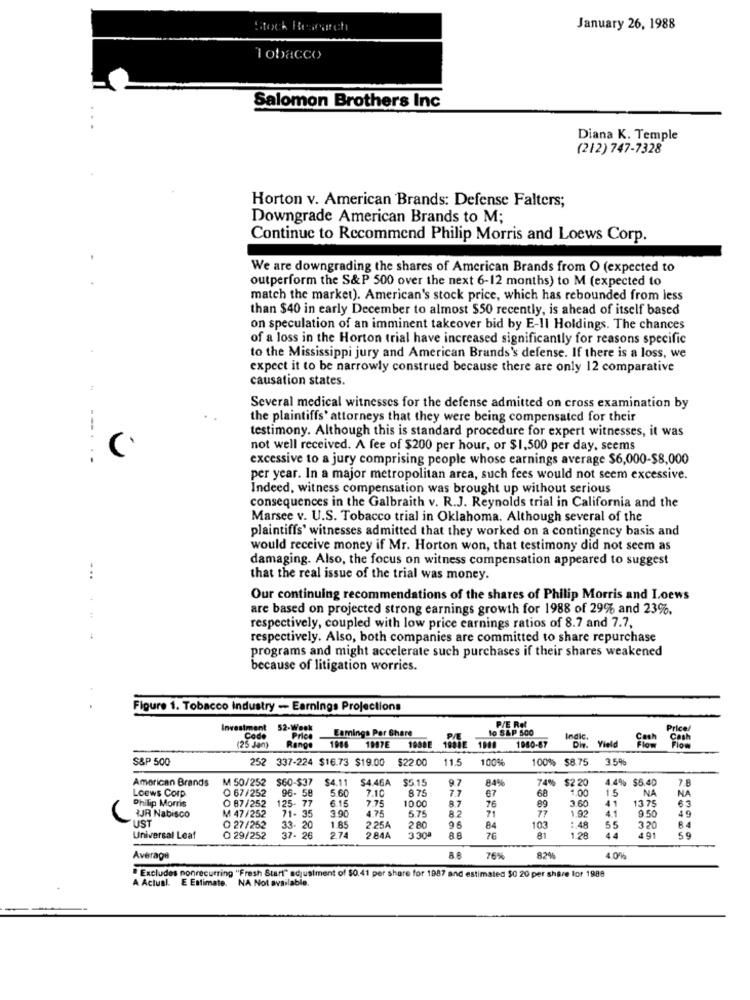
Stock Research
January 26, 1988
Tobacco
Salomon Brothers Inc
Diana K. Temple
(212) 747-7328
Horton v. American Brands: Defense Falters;
Downgrade American Brands to M;
Continue to Recommend Philip Morris and Loews Corp.
We are downgrading the shares of American Brands from O (expected to
outperform the S&P 500 over the next 6-12 months) to M (expected to
match the market). American's stock price, which has rebounded from less
than $40 in early December to almost $50 recently, is ahead of itself based
on speculation of an imminent takeover bid by E-II Holdings. The chances
of a loss in the Horton trial have increased significantly for reasons specific
to the Mississippi jury and American Brands's defense. If there is a loss, we
expect it to be narrowly construed because there are only 12 comparative
causation states.
Several medical witnesses for the defense admitted on cross examination by
the plaintiffs' attorneys that they were being compensated for their
testimony. Although this is standard procedure for expert witnesses, it was
V
not well received. A fee of $200 per hour, or $1,500 per day, seems
---. .-
excessive to a jury comprising people whose earnings average $6,000-$8,000
per year. In a major metropolitan area, such fees would not seem excessive.
Indeed, witness compensation was brought up without serious
consequences in the Galbraith v. R.J. Reynolds trial in California and the
Marsee v. U.S. Tobacco trial in Oklahoma. Although several of the
plaintiffs' witnesses admitted that they worked on a contingency basis and
would receive money if Mr. Horton won, that testimony did not seem as
damaging. Also, the focus on witness compensation appeared to suggest
that the real issue of the trial was money.
...
Our continuing recommendations of the shares of Philip Morris and Loews
are based on projected strong earnings growth for 1988 of 29% and 23%.
respectively, coupled with low price earnings ratios of 8.7 and 7.7,
respectively. Also, both companies are committed to share repurchase
programs and might accelerate such purchases if their shares weakened
because of litigation worries.
Figure 1. Tobacco Industry - Earnings Projections
P/E Rel
Investment
52-Week
Earnings Per Share
10 S&P 500
Code
Price
Indic.
Din. Yield
Cash
Cosh
(25 Jan)
Range
1916
1987E
19888
198BE 1900
1960-87
S&P 500
252 337-224 $16.73 $19.00
$22.00
11.5
100%
100% $8.75
3.5%
American Brands
M 50/252
$60-$37
$4.11
$4.46A
$5. 15
9.7
84%
$2 20
4.4% $6.40
7.8
Loews Corp
7.10
875
7.7
67
68
1.00
1.5
NA
NA
O 87/252
O 67/252
96- 58
6.15
5.60
7.75
10.00
3.7
76
89
3.60
13 75
63
Philip Morris
125- 77
71- 35
3.90
4.75
575
82
77
41
4.1
9.50
49
JR Nabisco
M 47/252
71
1.92
UST
O 27/252
33- 20
37- 26
1.85
2.25A
2 80
96
84
103
: 48
65
320
Universal Leaf
O 29/252
27
2.84A
3.30
81
1.28
44
4 91
59
Average
76%
820%
4 0%
"Excludes nonrecurring "Fresh Start" adjustment of $0.41 per share for 1987 and estimated $0 20 per share lor 1988
A Actual. E Estimate.
NA Not available.